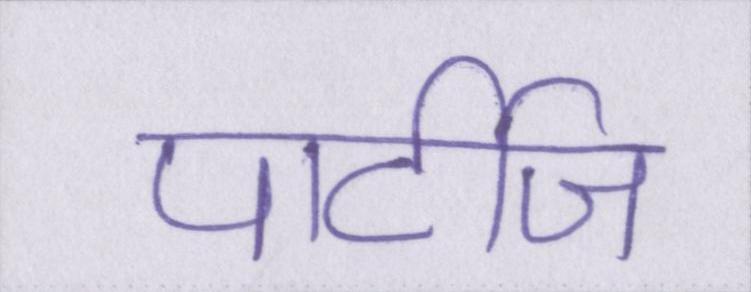
पार्टीज